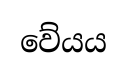
වේයය